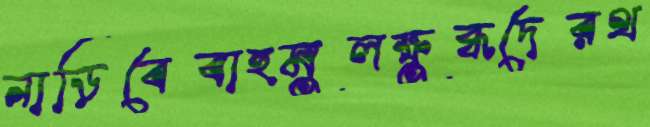
নাড়িবেবাহুমুলক্ষুব্ধদেরথ